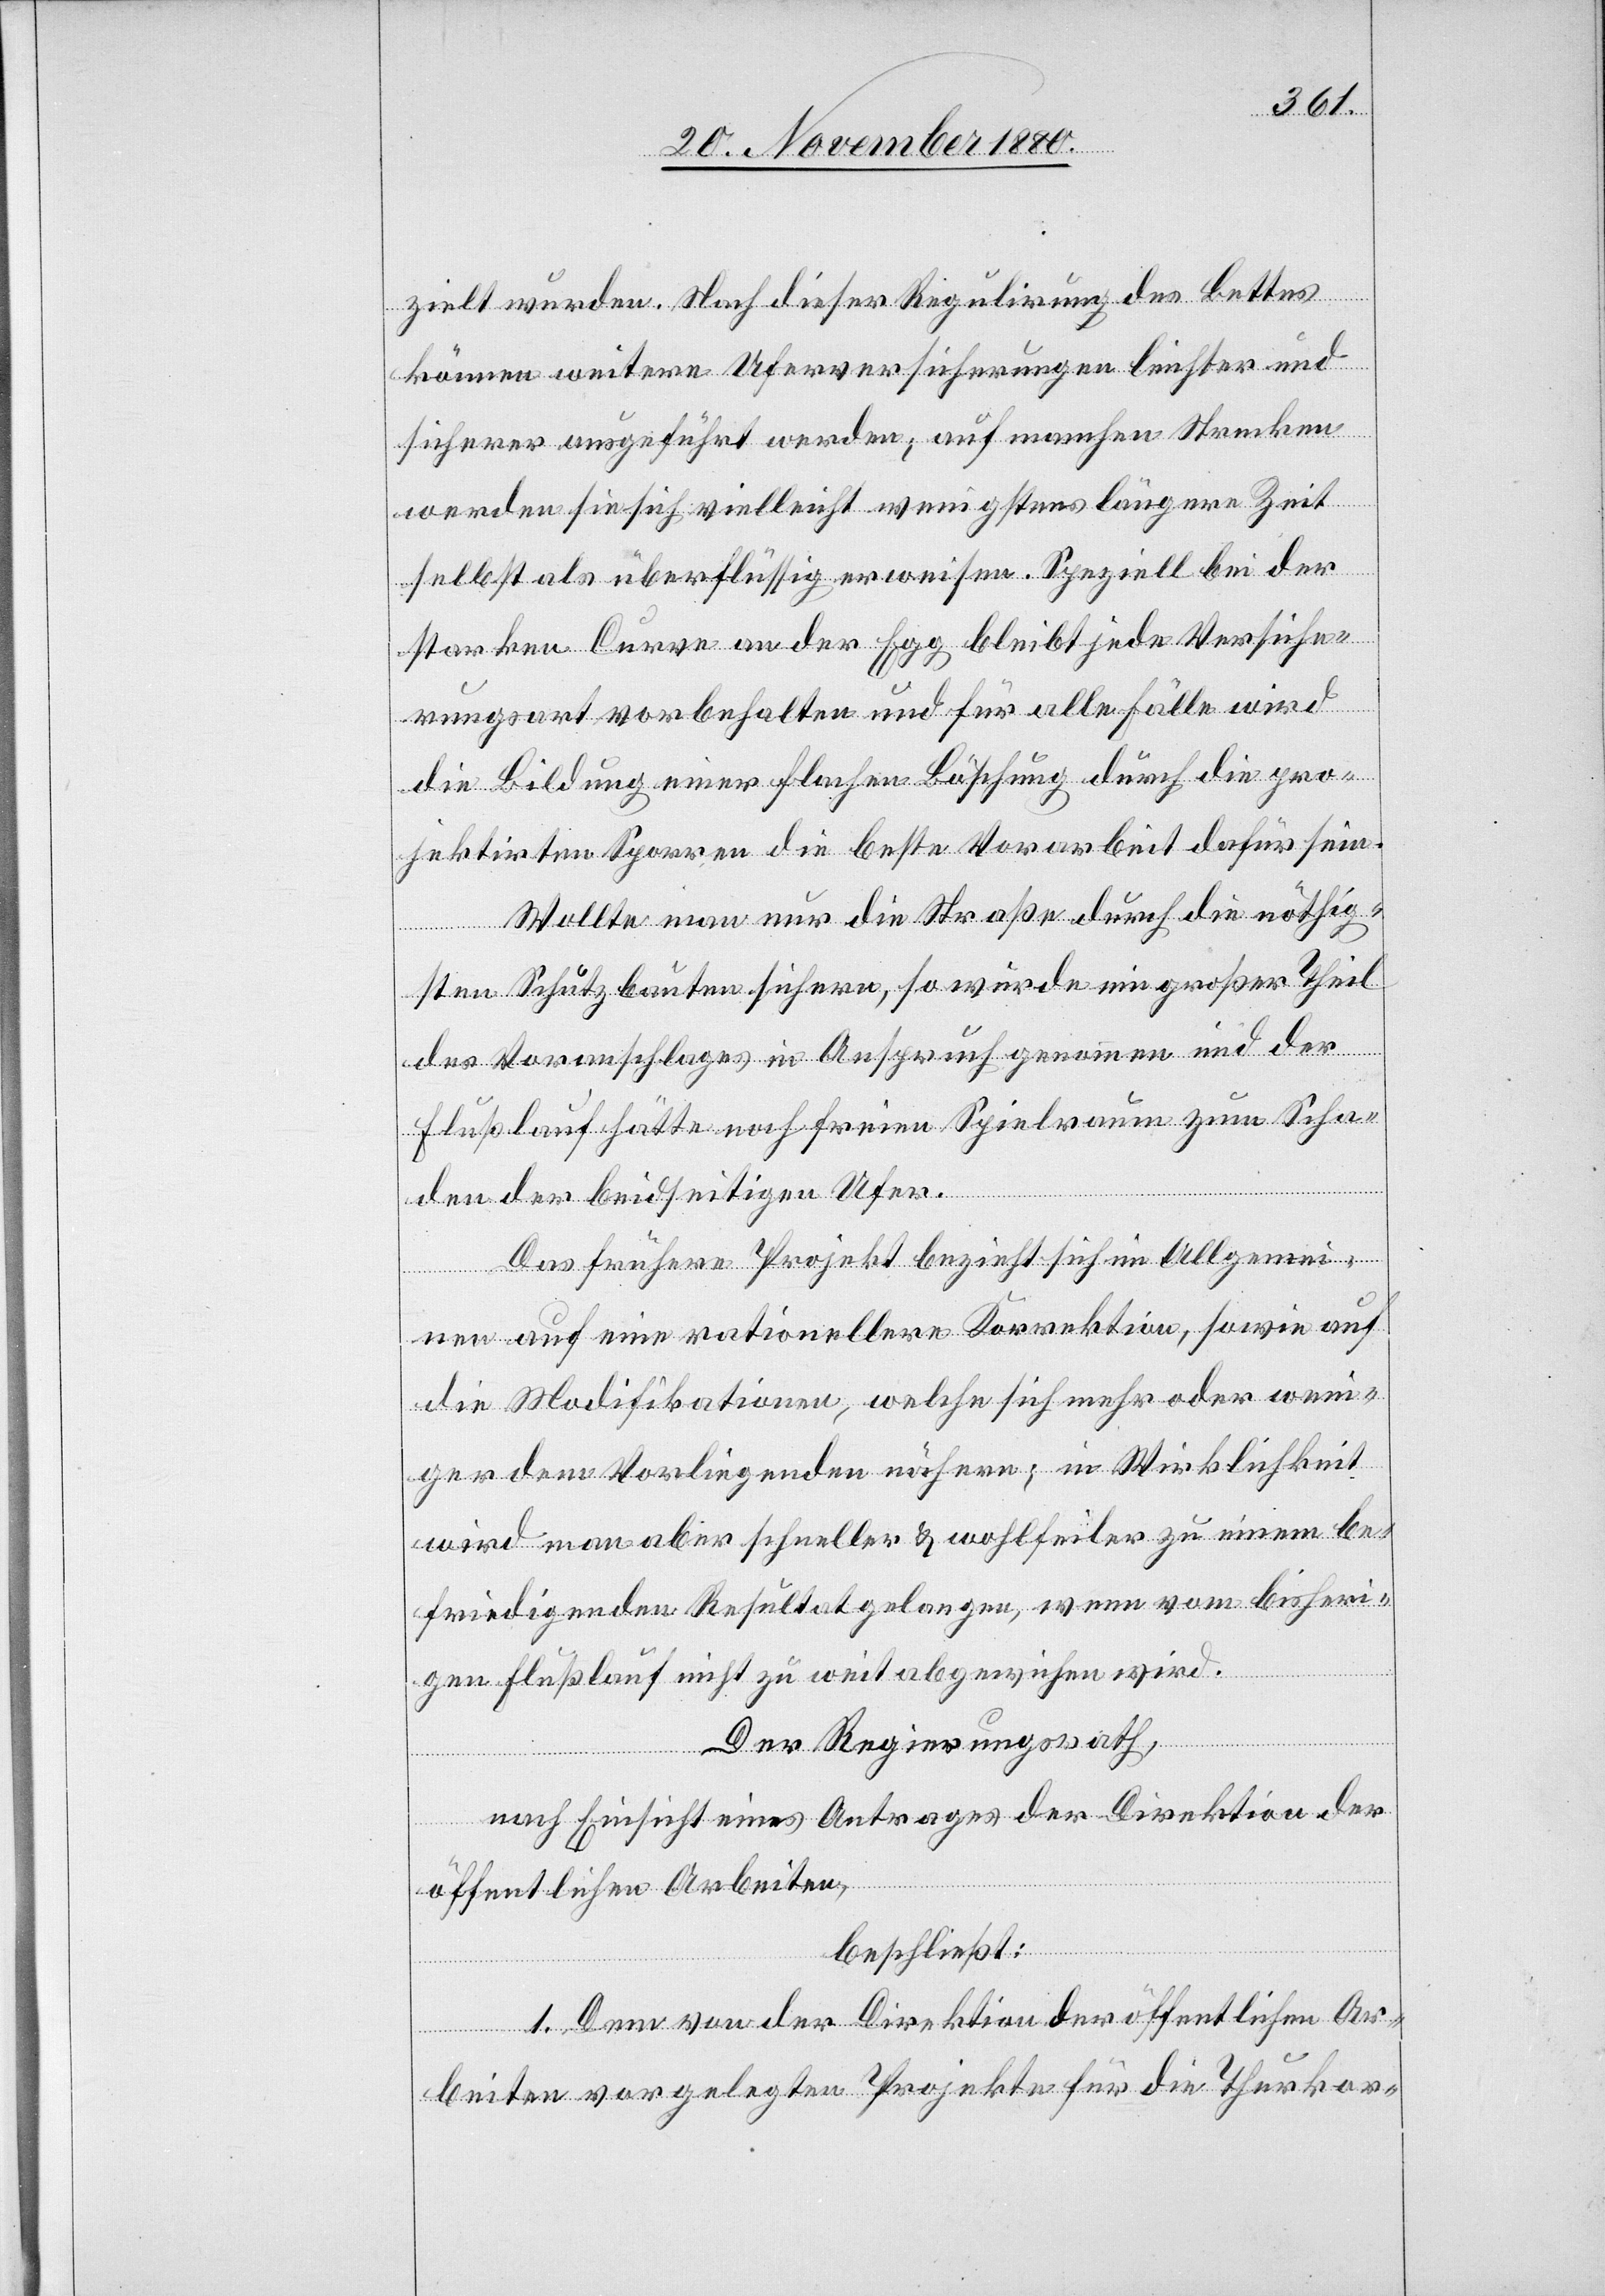
zielt wurden. Nach dieser Regulirung des Bettes
können weitere Uferversicherungen leichter und
sicherer ausgeführt werden, auf manchen Strecken
werden sie sich vielleicht wenigstens längere Zeit
selbst als überflüssig erweisen. Speziell bei der
starken Curve an der Egg bleibt jede Versiche¬
rungsart vorbehalten und für alle Fälle wird
die Bildung einer flachen Böschung durch die pro¬
jektirten Sporren die beste Vorarbeit dafür sein.
Wollte man nur die Straße, durch die nöthig¬
sten Schutzbauten sichern, so würde ein großer Theil
des Voranschlages in Anspruch genommen und der
Flußlauf hätte noch freien Spielraum zum Scha¬
den der beidseitigen Ufer.
Das frühere Projekt bezieht sich im Allgemei¬
nen auf eine rationellere Korrektion, sowie auf
die Modifikationen, welche sich mehr oder weni¬
ger dem Vorliegenden nähern; in Wirklichkeit
wird man aber schneller & wohlfeiler zu einem be¬
friedigenden Resultat gelangen, wenn vom bisheri¬
gen Flußlauf nicht zu weit abgewichen wird.
Der Regierungsrath,
nach Einsicht eines Antrages der Direktion der
öffentlichen Arbeiten,
beschließt:
1. Dem von der Direktion der öffentlichen Ar¬
beiten vorgelegten Projekte für die Thurkor-